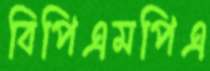
বিপিএমপিএ